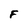
Character: F